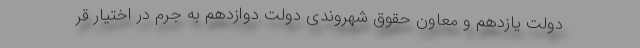
دولت یازدهم و معاون حقوق شهروندی دولت دوازدهم به جرم در اختیار قر